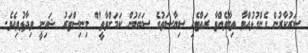
ސަރުކާރުން ގެންގުޅުއްވާ ތިމާވެއްޓާ ރައްޓެހި ސިޔާސަތުގެ ސަބަބުން ކަމަށްވާތީ" މިނިސްޓަރު ޝައިނީ ވިދާޅުވިއެވެ.